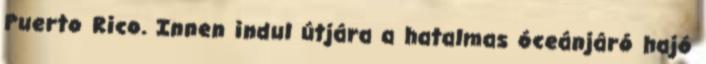
Puerto Rico. Innen indul útjára a hatalmas óceánjáró hajó